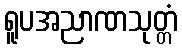
ရူပအညာဏသုတ္တံ